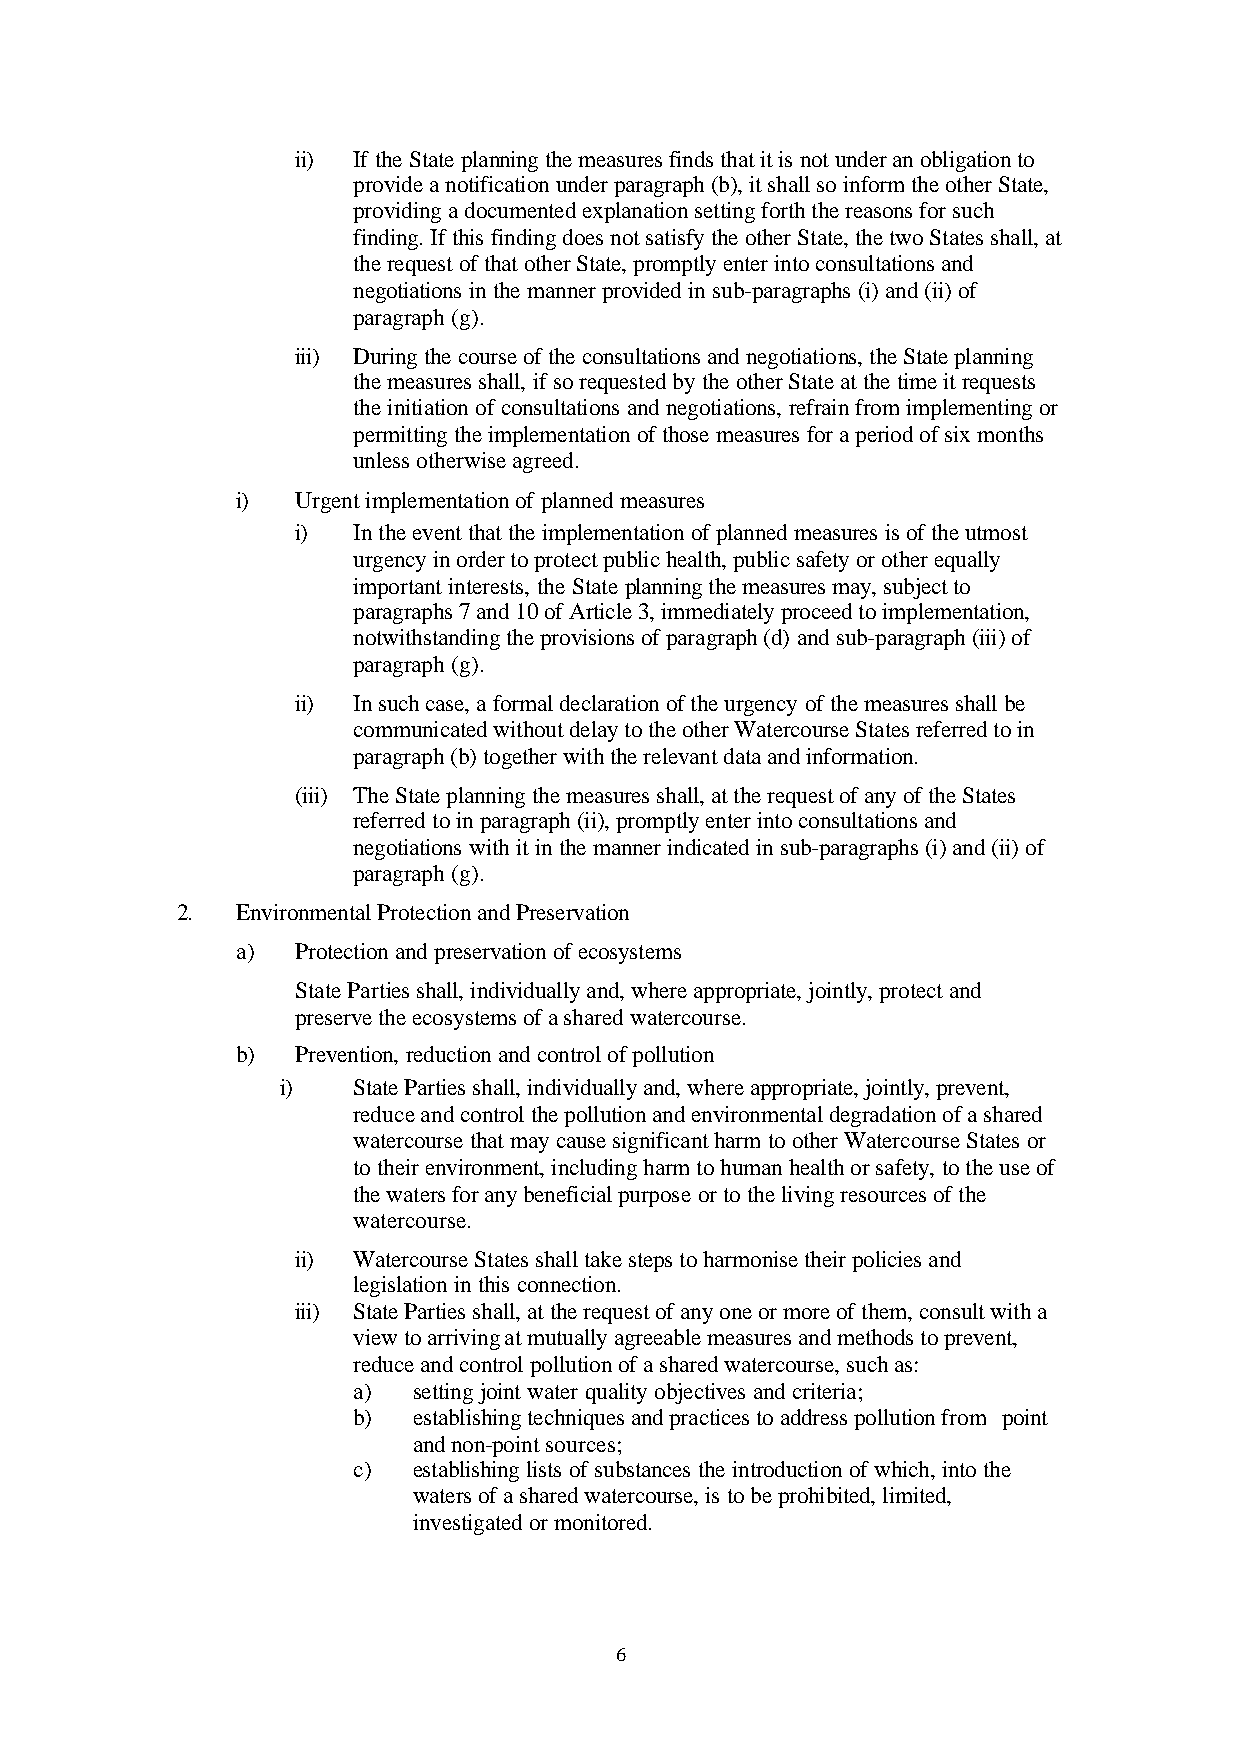
ii) If the State planning the measures finds that it is not under an obligation to
 provide a notification under paragraph (b), it shall so inform the other State,
 providing a documented explanation setting forth the reasons for such
 finding. If this finding does not satisfy the other State, the two States shall, at
 the request of that other State, promptly enter into consultations and
 negotiations in the manner provided in sub-paragraphs (i) and (ii) of
 paragraph (g).
 iii) During the course of the consultations and negotiations, the State planning
 the measures shall, if so requested by the other State at the time it requests
 the initiation of consultations and negotiations, refrain from implementing or
 permitting the implementation of those measures for a period of six months
 unless otherwise agreed.
 i)  Urgent implementation of planned measures
 i) In the event that the implementation of planned measures is of the utmost
 urgency in order to protect public health, public safety or other equally
 important interests, the State planning the measures may, subject to
 paragraphs 7 and 10 of Article 3, immediately proceed to implementation,
 notwithstanding the provisions of paragraph (d) and sub-paragraph (iii) of
 paragraph (g).
 ii) In such case, a formal declaration of the urgency of the measures shall be
 communicated without delay to the other Watercourse States referred to in
 paragraph (b) together with the relevant data and information.
 (iii) The State planning the measures shall, at the request of any of the States
 referred to in paragraph (ii), promptly enter into consultations and
 negotiations with it in the manner indicated in sub-paragraphs (i) and (ii) of
 paragraph (g).
 2.  Environmental Protection and Preservation
 a)  Protection and preservation of ecosystems
 State Parties shall, individually and, where appropriate, jointly, protect and
 preserve the ecosystems of a shared watercourse.
 b)  Prevention, reduction and control of pollution
 i)  State Parties shall, individually and, where appropriate, jointly, prevent,
 reduce and control the pollution and environmental degradation of a shared
 watercourse that may cause significant harm to other Watercourse States or
 to their environment, including harm to human health or safety, to the use of
 the waters for any beneficial purpose or to the living resources of the
 watercourse.
 ii) Watercourse States shall take steps to harmonise their policies and
 legislation in this connection.
 iii) State Parties shall, at the request of any one or more of them, consult with a
 view to arriving at mutually agreeable measures and methods to prevent,
 reduce and control pollution of a shared watercourse, such as:
 a)  setting joint water quality objectives and criteria;
 b)  establishing techniques and practices to address pollution from point
 and non-point sources;
 c)  establishing lists of substances the introduction of which, into the
 waters of a shared watercourse, is to be prohibited, limited,
 investigated or monitored.
 6